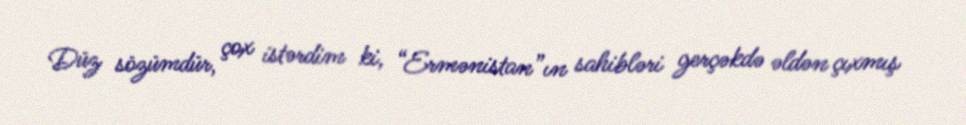
Düz sözümdür, çox istərdim ki, “Ermənistan”ın sahibləri gerçəkdə əldən çıxmış